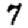
Digit: 7